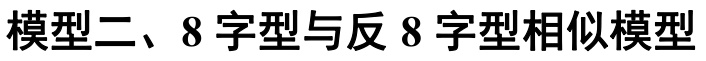
模型二、8 字型与反 8 字型相似模型